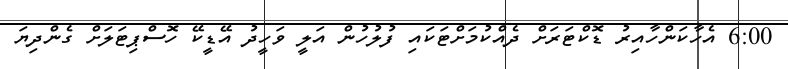
6:00 އެހާކަންހާއިރު ޑޮކްޓަރަށް ދެއްކުމަށްޓަކައި ފުލުހުން އަލީ ވަހީދު އޭޑީކޭ ހޮސްޕިޓަލަށް ގެންދިޔަ